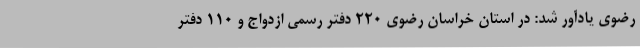
رضوی یادآور شد: در استان خراسان رضوی 220 دفتر رسمی ازدواج و 110 دفتر